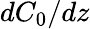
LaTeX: dC_{0}/dz